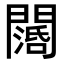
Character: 𨶖